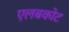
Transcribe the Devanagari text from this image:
एलबकोट